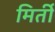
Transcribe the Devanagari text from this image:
मिर्ती